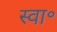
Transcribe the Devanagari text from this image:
स्वा॰